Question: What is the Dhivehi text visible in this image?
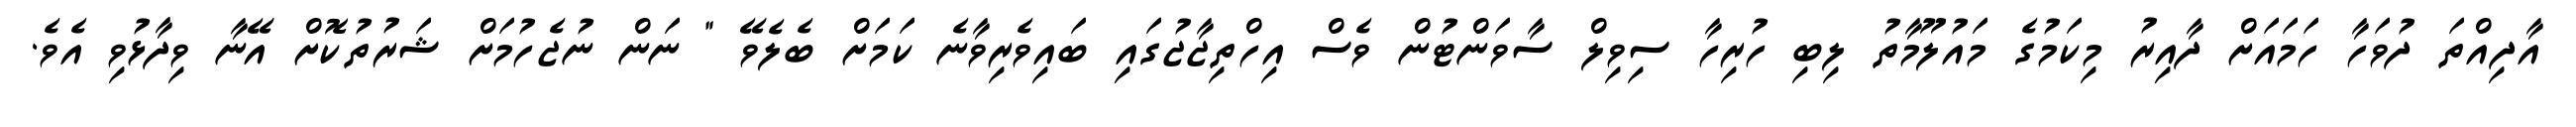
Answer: އާދިއްތަ ދުވަހާ ހަމައަށް ދާއިރު މިކަމުގެ މައުލޫމާތު ލިބި ހުރިހާ ސިވިލް ސާވަންޓުން ވެސް އިހްތިޖާޖުގައި ބައިވެރިވާނެ ކަމަށް ބެލެވޭ " ނަން ނުޖެހުމަށް ޝަރުތުކޮށް އޭނާ ވިދާޅުވި އެވެ.